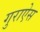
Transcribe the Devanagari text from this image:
गुराऐस